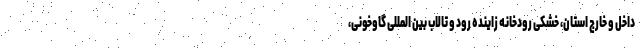
داخل و خارج استان، خشکی رودخانه زاینده رود و تالاب بین المللی گاوخونی،